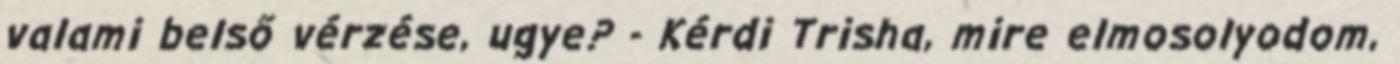
valami belső vérzése, ugye? - Kérdi Trisha, mire elmosolyodom,